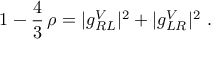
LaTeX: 1 - \frac { 4 } { 3 } \, \rho = | g _ { R L } ^ { V } | ^ { 2 } + | g _ { L R } ^ { V } | ^ { 2 } ~ .